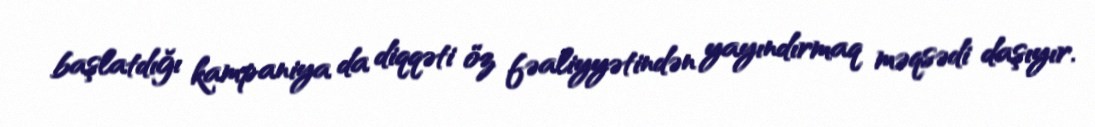
başlatdığı kampaniya da diqqəti öz fəaliyyətindən yayındırmaq məqsədi daşıyır.